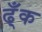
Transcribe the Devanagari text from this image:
ढ्ँक